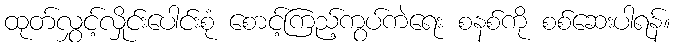
ထုတ်လွှင့်လှိုင်းပေါင်းစုံ စောင့်ကြည့်ကွပ်ကဲရေး စနစ်ကို စစ်ဆေးပါရန်။